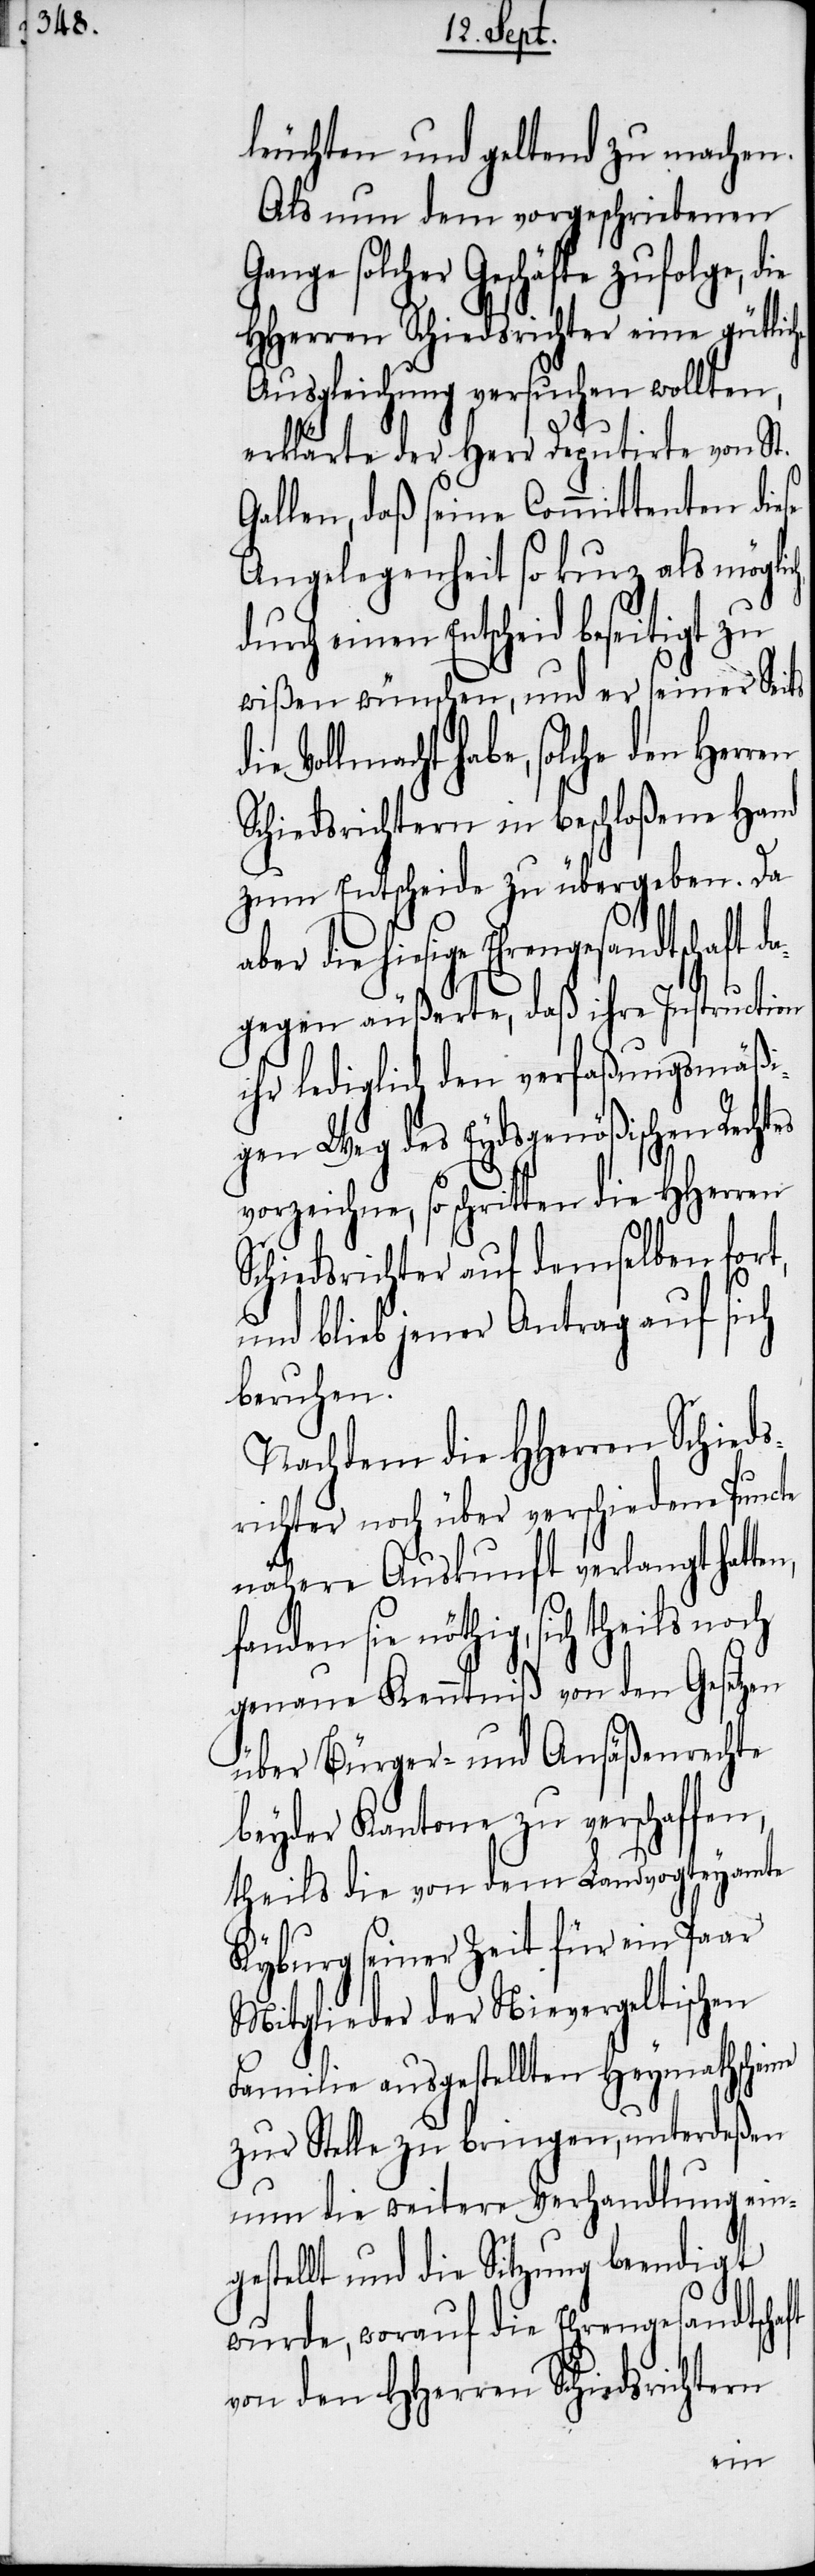
leuchten und geltend zu machen.
Als nun dem vorgeschriebenen
Gange solcher Geschäfte zufolge, d¬
HHerren Schiedsrichter eine gütli¬
Ausgleichung versuchen wollten,
erklärte der Herr Deputirte von St.
Gallen, daß seine Committenten diese
Angelegenheit so kurz als mög¬
nen Entscheid beseitigt zu
wißen wünschen, und er
ffen,
Vollmacht habe, sol¬
Schiedsrichtern in beschloßene
zum Entscheide zu übergeben.
engesandtschaft da¬
gegen äußerte, daß ihre Instructi¬
ihr lediglich den verfaßungsmäßi¬
gen Weg des Eydsgenößischen
vorzeichne, so schritten die HHer¬
Schiedsrichter auf demselben
und blieb jener Antrag auf sich
beruhen.
Nachdem die HHerren Schied¬
srichter noch über verschiedene Pun¬
ft
nähere Auskunft verlangt
fanden sie nöthig, sich theils noch
genaue Kenntniß von den G¬
über Bürger- und Ansäßenrechte
beyder Kantone zu verscha¬
theils die von dem Landvogteyamte
Kyburg seiner Zeit für ein Paar
Mitglieder der Nievergeltischen
Familie ausgestellten Heymathsch¬
zur Stelle zu bringen, unterdeßen
nun die weitere Verhandlung ein¬
gestellt und die Sitzung beendigt
wurde, worauf die Ehrengesandtscha¬
von den HHerren Schiedsrichtern
eine